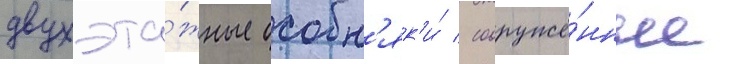
двухэта́жные особн'як'и́ / сооружё́нные